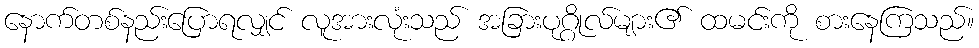
နောက်တစ်နည်းပြောရလျှင် လူအားလုံးသည် အခြားပုဂ္ဂိုလ်များ၏ ထမင်းကို စားနေကြသည်။